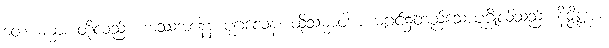
တေစဓမ္မာ၊ တို့လည်း။ အဿအနေန ပုဂ္ဂလေန၊ ထိုသမ္မာဝါစာ မဂ္ဂင်၌တည်သောပုဂ္ဂိုလ်သည်။ နိဇ္ဇိဏ္ဏာ၊